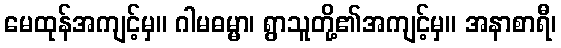
မေထုန်အကျင့်မှ။ ဂါမဓမ္မာ၊ ရွာသူတို့၏အကျင့်မှ။ အနာစာရီ၊